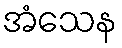
အံသေန